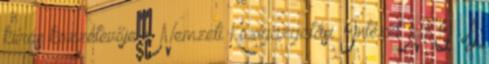
kiírás közzétevője a Nemzeti Közigazgatási Intézet NKI . A